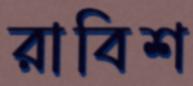
রাবিশ